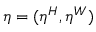
\eta = ( \eta ^ { H } , \eta ^ { W } )